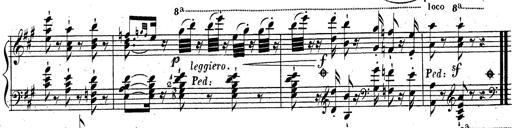
Title: Grande fantaisie sur la tyrolienne de l'opÃ©ra
Composer: Franz Liszt
Key: A major